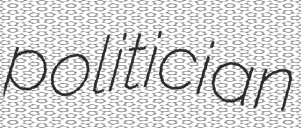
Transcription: politician